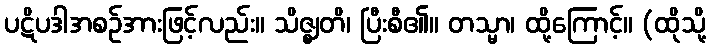
ပဋိပဒါအစဉ်အားဖြင့်လည်း။ သိဇ္ဈတိ၊ ပြီးစီ၏။ တသ္မာ၊ ထို့ကြောင့်။ (ထိုသို့